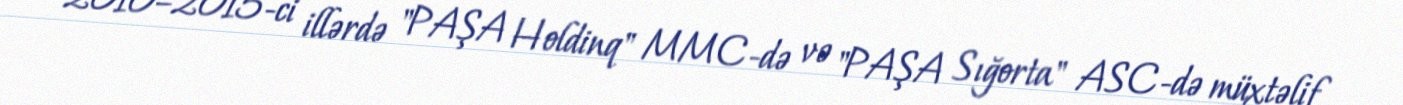
2010–2015-ci illərdə "PAŞA Holdinq" MMC-də və "PAŞA Sığorta" ASC-də müxtəlif